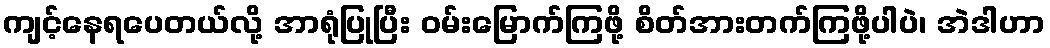
ကျင့်နေရပေတယ်လို့ အာရုံပြုပြီး ဝမ်းမြောက်ကြဖို့ စိတ်အားတက်ကြဖို့ပါပဲ၊ အဲဒါဟာ